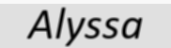
Alyssa